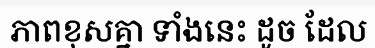
ភាពខុសគ្នា ទាំងនេះ ដូច ដែល